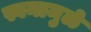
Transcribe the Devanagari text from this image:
स्वनामुळे